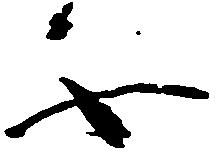
不